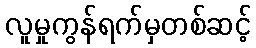
လူမှုကွန်ရက်မှတစ်ဆင့်